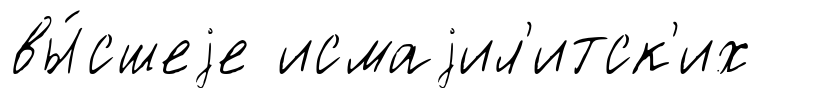
вы́сшеjе исмаjил'итск'их